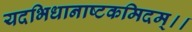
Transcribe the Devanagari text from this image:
यदभिधानाष्टकमिदम्।।